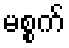
မစ္စက်